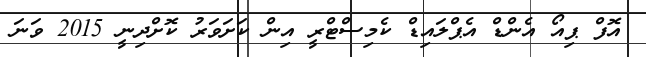
އޮފް ޕިއޯ އެންޑް އެޕްލައިޑް ކެމިސްޓްރީ އިން ކަށަވަރު ކޮށްދިނީ 2015 ވަނަ